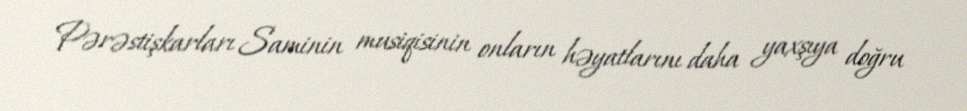
Pərəstişkarları Saminin musiqisinin onların həyatlarını daha yaxşıya doğru